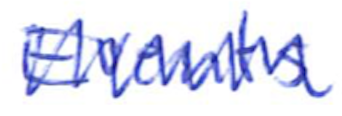
Text: Events
Cross-out: mix
Writing tool: ballpoint